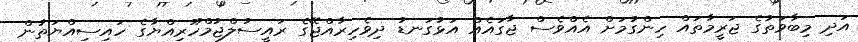
އަދި މިބާވަތުގެ ޖަރީމާތައް ހިންގުމަށް އެއްވެސް ޖާގައެއް އަޅުގަނޑު ދިވެހިރާއްޖޭގެ ރައީސުލްޖުމްހޫރިއްޔާގެ ހައިސިއްޔަތުން